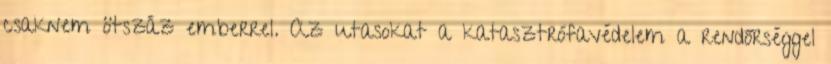
csaknem ötszáz emberrel. Az utasokat a katasztrófavédelem a rendőrséggel